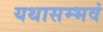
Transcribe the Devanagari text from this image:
यथासम्भवं